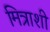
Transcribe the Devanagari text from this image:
मित्राशी